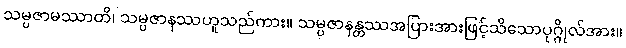
သမ္ပဇာမဿာတိ၊ သမ္ပဇာနဿဟူသည်ကား။ သမ္ပဇာနန္တဿအပြားအားဖြင့်သိသောပုဂ္ဂိုလ်အား။